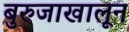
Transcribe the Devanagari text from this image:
बुरुजाखालून